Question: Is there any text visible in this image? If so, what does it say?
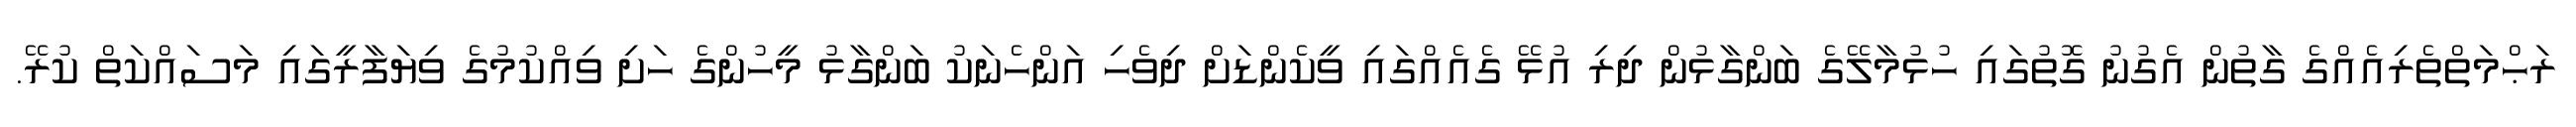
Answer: ރަޙްމަތްތެރިއެއްގެ ގާތުން އެގުނު ގޮތުގައި ހުޅުމާލޭގެ ބަންގާޅުން ދިރި އުޅޭ ގެއެއްގައި ވީކެންޑަށް ދިވެހި އަންހެނަކު ބަންގާޅު މީހުންގެ ހަށި ވިއްކުމުގެ ވިޔަފާރީގައި މަސައްކަތް ކުރޭ.